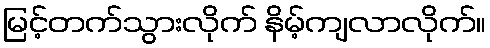
မြင့်တက်သွားလိုက် နိမ့်ကျလာလိုက်။